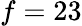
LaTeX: f=23